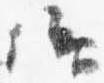
仰